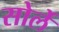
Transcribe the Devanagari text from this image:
सोर्ले